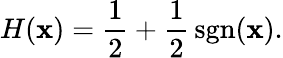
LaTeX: H(\mathbf{x})={\frac{{1}}{{2}}}+{\frac{{1}}{{2}}}\operatorname{sgn}(\mathbf{x}).